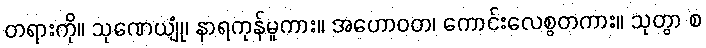
တရားကို။ သုဏေယျုံ၊ နာရကုန်မူကား။ အဟောဝတ၊ ကောင်းလေစွတကား။ သုတွာ စ